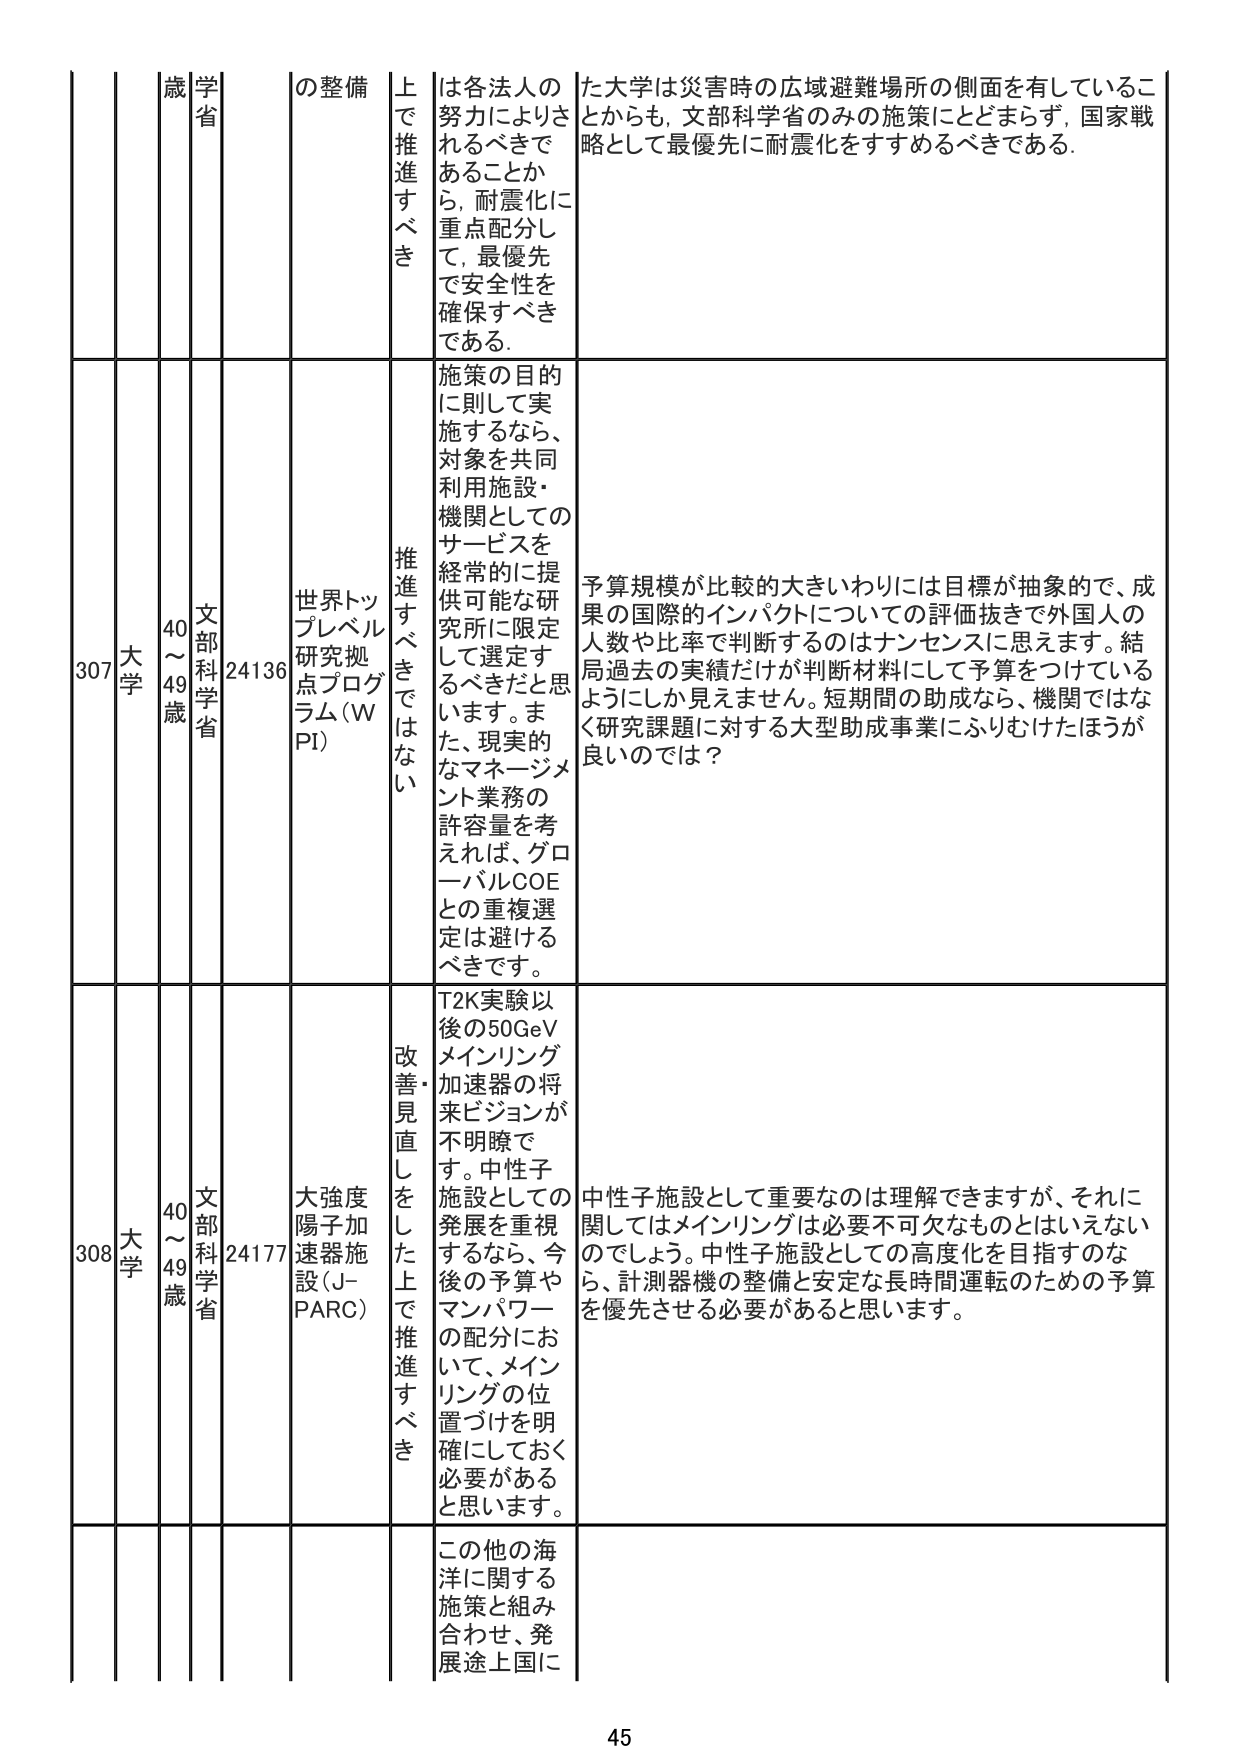
307 大学 40～49歳 文部科学省 24136 世界トップレベル研究拠点プログラム（WPI） 推進すべきではない 施策の目的に則して実施するなら、対象を共同利用施設・機関としてのサービスを経常的に提供可能な研究所に限定して選定するべきだと思います。また、現実的なマネージメント業務の許容量を考えれば、グローバルCOEとの重複選定は避けるべきです。 予算規模が比較的大きいわりには目標が抽象的で、成果の国際的インパクトについての評価抜きで外国人の人数や比率で判断するのはナンセンスに思えます。結局過去の実績だけが判断材料にして予算をつけてい るようにしか見えません。短期間の助成なら、機関ではな く研究課題に対する大型助成事業にふりむけたほうが良いのでは？

308 大学 40～49歳 文部科学省 24177 大強度陽子加速器施設（J-PARC） 改善・見直しをした上で推進すべき T2K実験以後の50GeVメインリング加速器の将来ビジョンが不明瞭です。中性子施設としての発展を重視するなら、今後の予算やマンパワーの配分において、メインリングの位置づけを明確にしておく必要があると思います。 中性子施設として重要なのは理解できますが、それに関してはメインリングは必要不可欠なものとはいえないでしょう。中性子施設としての高度化を目指すのなら、計測器機の整備と安定な長時間運転のための予算を優先させる必要があると思います。

この他の海洋に関する施策と組み合わせ、発展途上国に

45